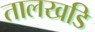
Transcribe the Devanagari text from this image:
तालखडि